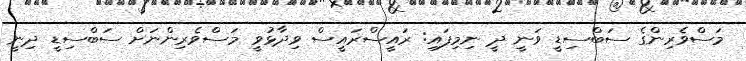
މަސްވެރިންގެ ސަބްސިޑީ ވަނީ ދީ ނިމިފައި: ރައީސްރައީސް ވިދާޅުވީ މަސްވެރިންނަށް ސަބްސިޑީ ދިނީ